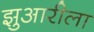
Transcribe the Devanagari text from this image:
झुआरीला